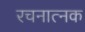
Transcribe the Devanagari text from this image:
रचनात्नक